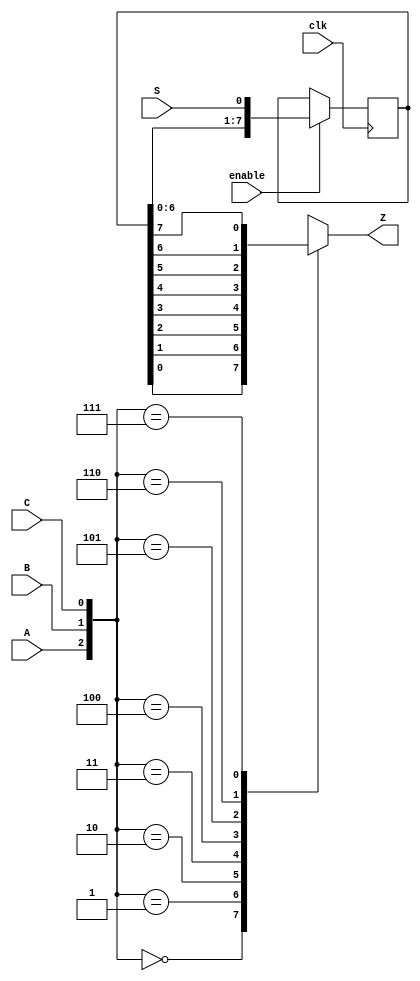
module top_module (
    input clk,
    input enable,
    input S,
    input A, B, C,
    output Z ); 
	
    reg [7:0] q;
    
    always@(posedge clk)begin
        if(enable)
            q <= {q[6:0],S};
        else
            q <= q;
    end
    
    always@(*)begin
        case({A,B,C})
            3'd0: Z = q[0];
            3'd1: Z = q[1];
            3'd2: Z = q[2];
            3'd3: Z = q[3];
            3'd4: Z = q[4];
            3'd5: Z = q[5];
            3'd6: Z = q[6];
            3'd7: Z = q[7];
            default: Z = q[0];
        endcase
    end
    
endmodule